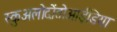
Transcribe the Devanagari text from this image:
स्कुअलोदोंतोआईडिया